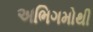
અભિગમોથી